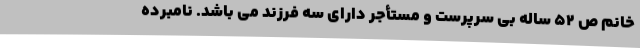
خانم ص ۵۲ ساله بی سرپرست و مستأجر دارای سه فرزند می باشد. نامبرده